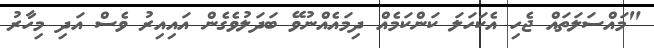
"މައްސަލަތައް ޖެހި އެކަހަލަ ކަންކަމެއް ދިމައެއްނުވޭ ބަދަލުވެގެން އައިއިރު ވެސް އަދި މިހާރު